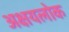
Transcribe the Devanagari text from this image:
अक्षयलोक